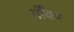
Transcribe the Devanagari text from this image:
बॉँका